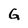
Character: G